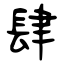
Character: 肆